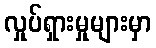
လှုပ်ရှားမှုများမှာ